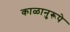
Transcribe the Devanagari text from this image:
काळानुरूपे